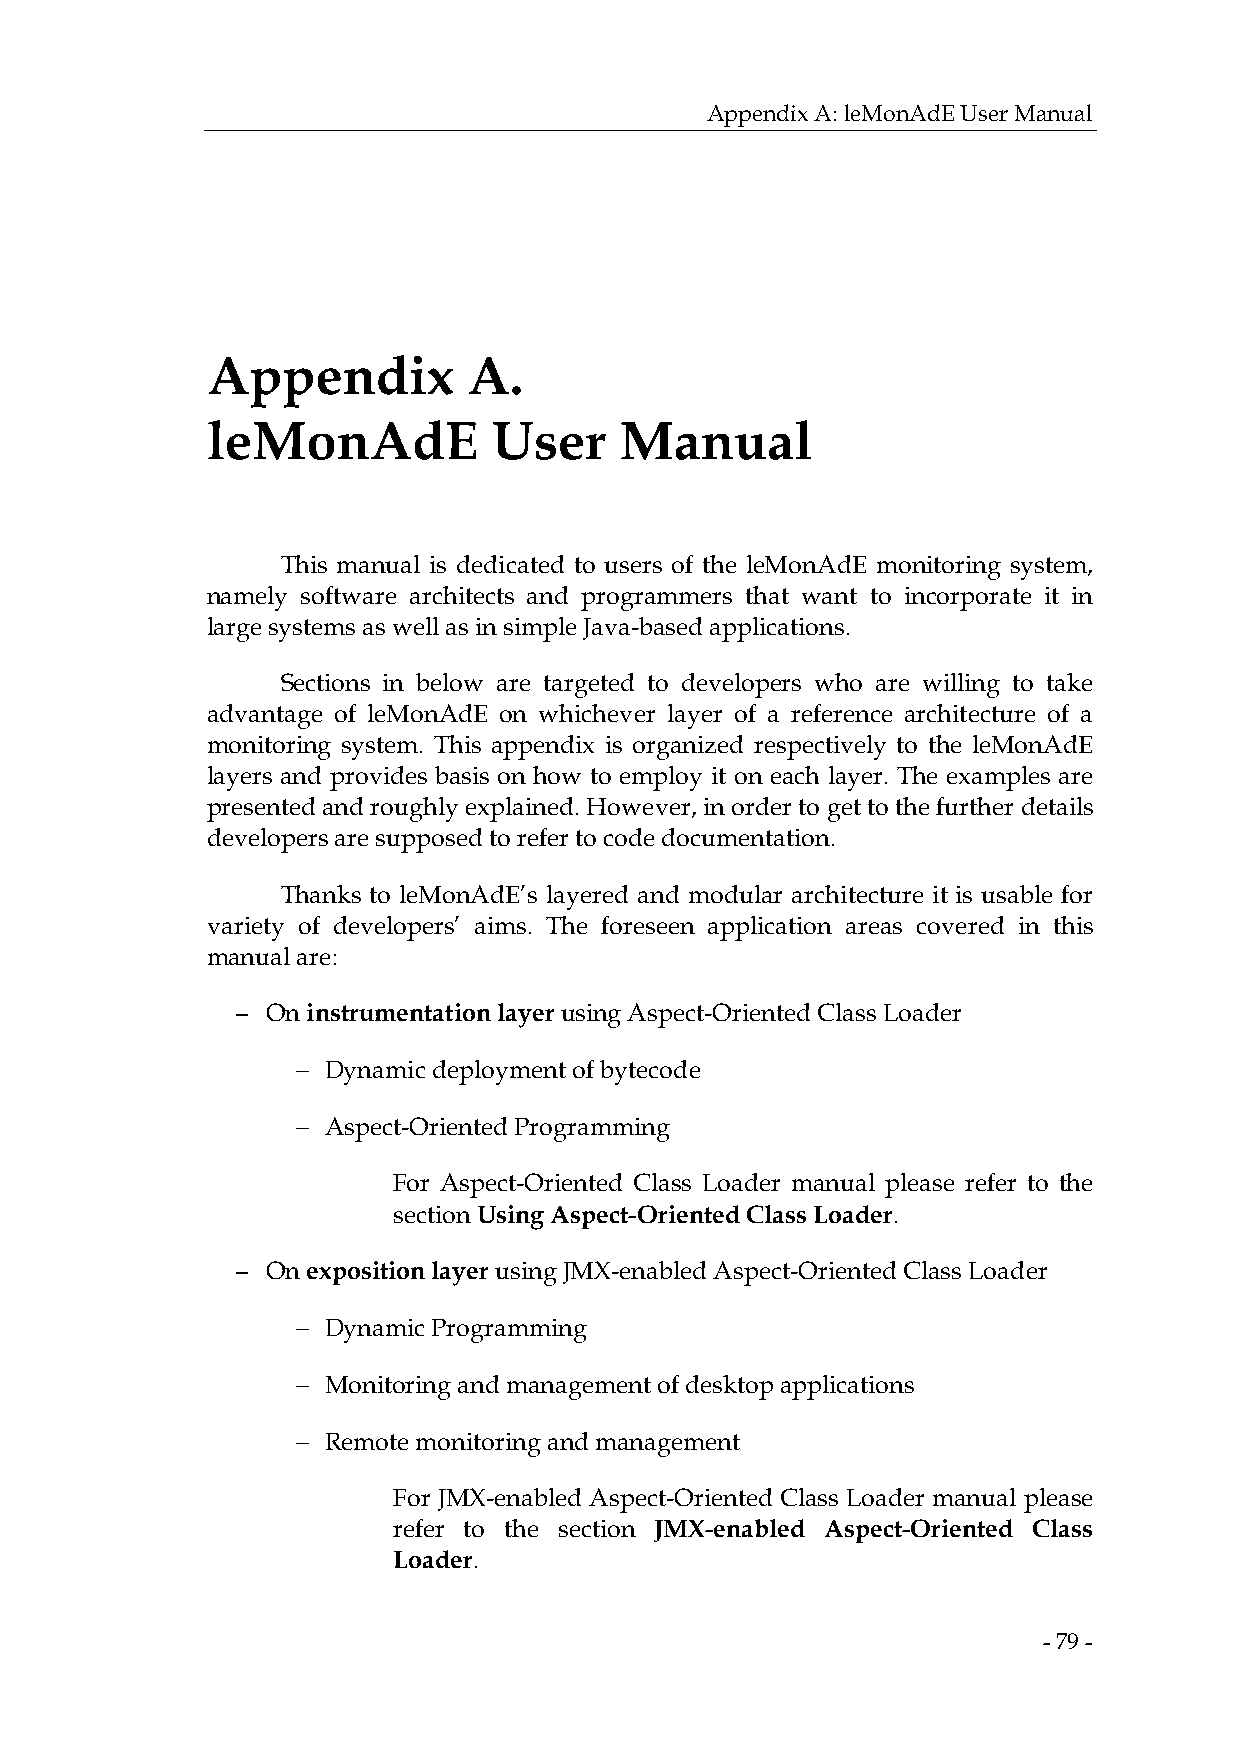
Appendix A: leMonAdE User Manual
 Appendix         A.
 leMonAdE           User    Manual
 This manual is dedicated to users of the leMonAdE monitoring system,
 namely software architects and programmers that want to incorporate it in
 large systems as well as in simple Java-based applications.
 Sections in below are targeted to developers who are willing to take
 advantage of leMonAdE on whichever layer of a reference architecture of a
 monitoring system. This appendix is organized respectively to the leMonAdE
 layers and provides basis on how to employ it on each layer. The examples are
 presented and roughly explained. However, in order to get to the further details
 developers are supposed to refer to code documentation.
 Thanks to leMonAdE’s layered and modular architecture it is usable for
 variety of developers’ aims. The foreseen application areas covered in this
 manual are:
 − On instrumentation layer using Aspect-Oriented Class Loader
 −
 Dynamic deployment of bytecode
 −
 Aspect-Oriented Programming
 For Aspect-Oriented Class Loader manual please refer to the
 section Using Aspect-Oriented Class Loader.
 − On exposition layer using JMX-enabled Aspect-Oriented Class Loader
 −
 Dynamic Programming
 −
 Monitoring and management of desktop applications
 −
 Remote monitoring and management
 For JMX-enabled Aspect-Oriented Class Loader manual please
 refer to the section JMX-enabled Aspect-Oriented Class
 Loader.
 - 79 -